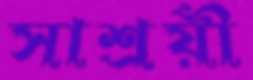
সাশ্রয়ী